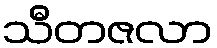
သီတဇလာ